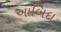
આબિદા